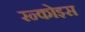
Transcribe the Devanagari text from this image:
रन्कोइस